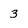
Character: 3